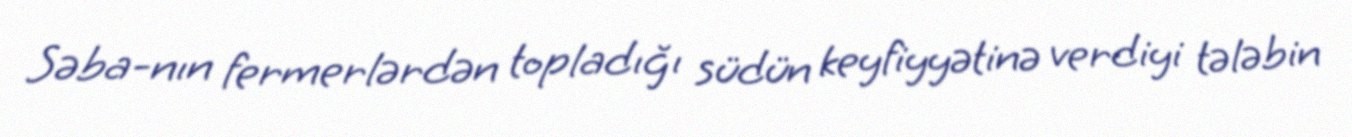
Səba-nın fermerlərdən topladığı südün keyfiyyətinə verdiyi tələbin